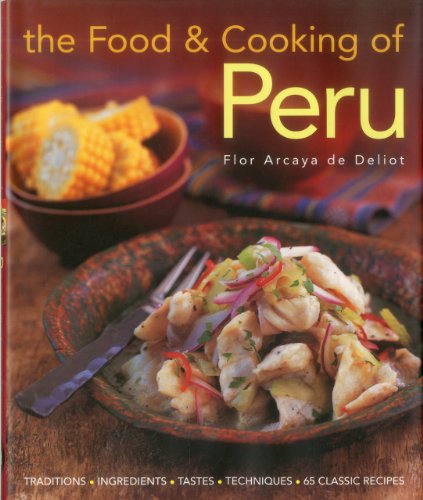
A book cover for The Food and Cooking of Peru: Traditions, Ingredients, Tastes and Techniques in 60 Classic Recipes; Flor Arcaya de Deliot; Cookbooks, Food & Wine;